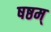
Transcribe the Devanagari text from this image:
षष्ठम्‌